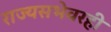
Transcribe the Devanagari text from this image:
राज्यसभेवरही